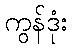
ကွန်ဒုံး